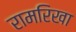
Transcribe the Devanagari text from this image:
रामरिखा